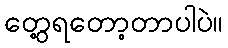
တွေ့ရတော့တာပါပဲ။